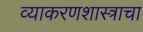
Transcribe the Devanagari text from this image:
व्याकरणशास्त्राचा